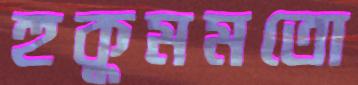
হুকুমমতো